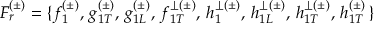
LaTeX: F _ { r } ^ { ( \pm ) } = \{ f _ { 1 } ^ { ( \pm ) } , \, g _ { 1 T } ^ { ( \pm ) } , \, g _ { 1 L } ^ { ( \pm ) } , \, f _ { 1 T } ^ { \perp ( \pm ) } , \, h _ { 1 } ^ { \perp ( \pm ) } , \, h _ { 1 L } ^ { \perp ( \pm ) } , \, h _ { 1 T } ^ { \perp ( \pm ) } , \, h _ { 1 T } ^ { ( \pm ) } \, \}